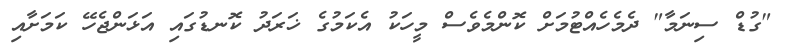
"ގުޑް ސިނަމާ" ދެމެހެއްޓުމަށް ކޮންމެވެސް މީހަކު އެކަމުގެ ޚަރަދު ކޮނޑުގައި އަޅަންޖެހޭ ކަމަށާއި